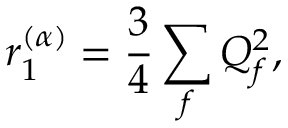
r _ { 1 } ^ { ( \alpha ) } = \frac { 3 } { 4 } \sum _ { f } Q _ { f } ^ { 2 } ,